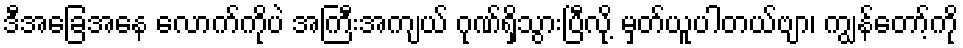
ဒီအခြေအနေ လောက်ကိုပဲ အကြီးအကျယ် ဂုဏ်ရှိသွားပြီလို့ မှတ်ယူပါတယ်ဗျာ၊ ကျွန်တော့်ကို